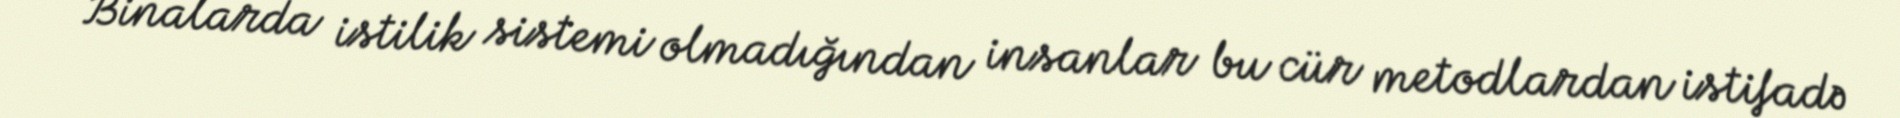
Binalarda istilik sistemi olmadığından insanlar bu cür metodlardan istifadə